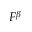
F ^ { \beta }